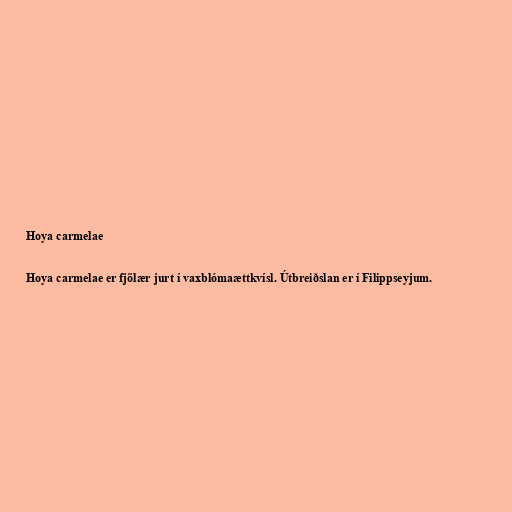
Hoya carmelae

Hoya carmelae er fjölær jurt í vaxblómaættkvísl. Útbreiðslan er í Filippseyjum.